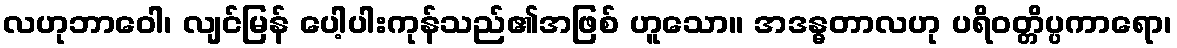
လဟုဘာဝေါ၊ လျင်မြန် ပေါ့ပါးကုန်သည်၏အဖြစ် ဟူသော။ အဒန္ဓတာလဟု ပရိဝတ္တိပ္ပကာရော၊